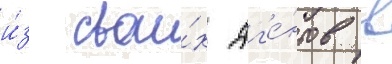
и́з свои́х аг'е́нтов в